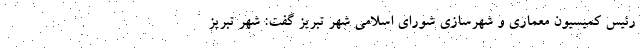
رئیس کمیسیون معماری و شهرسازی شورای اسلامی شهر تبریز گفت: شهر تبریز